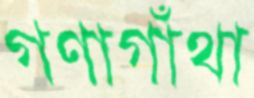
গণাগাঁথা